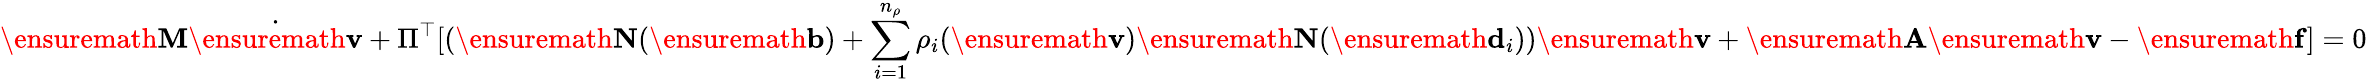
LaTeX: \ensuremath{\mathbf{M}}\dot{\ensuremath{\mathbf{v}}}+\Pi^{\top}[(\ensuremath{\mathbf{N}}(\ensuremath{\mathbf{b}})+\sum_{i=1}^{n_{\rho}}\rho_{i}(\ensuremath{\mathbf{v}})\ensuremath{\mathbf{N}}(\ensuremath{\mathbf{d}}_{i}))\ensuremath{\mathbf{v}}+\ensuremath{\mathbf{A}}\ensuremath{\mathbf{v}}-\ensuremath{\mathbf{f}}]=0